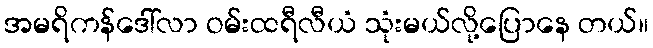
အမရိကန်ဒေါ်လာ ဝမ်းထရီလီယံ သုံးမယ်လို့ပြောနေ တယ်။